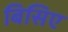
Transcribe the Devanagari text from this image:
बिसिए